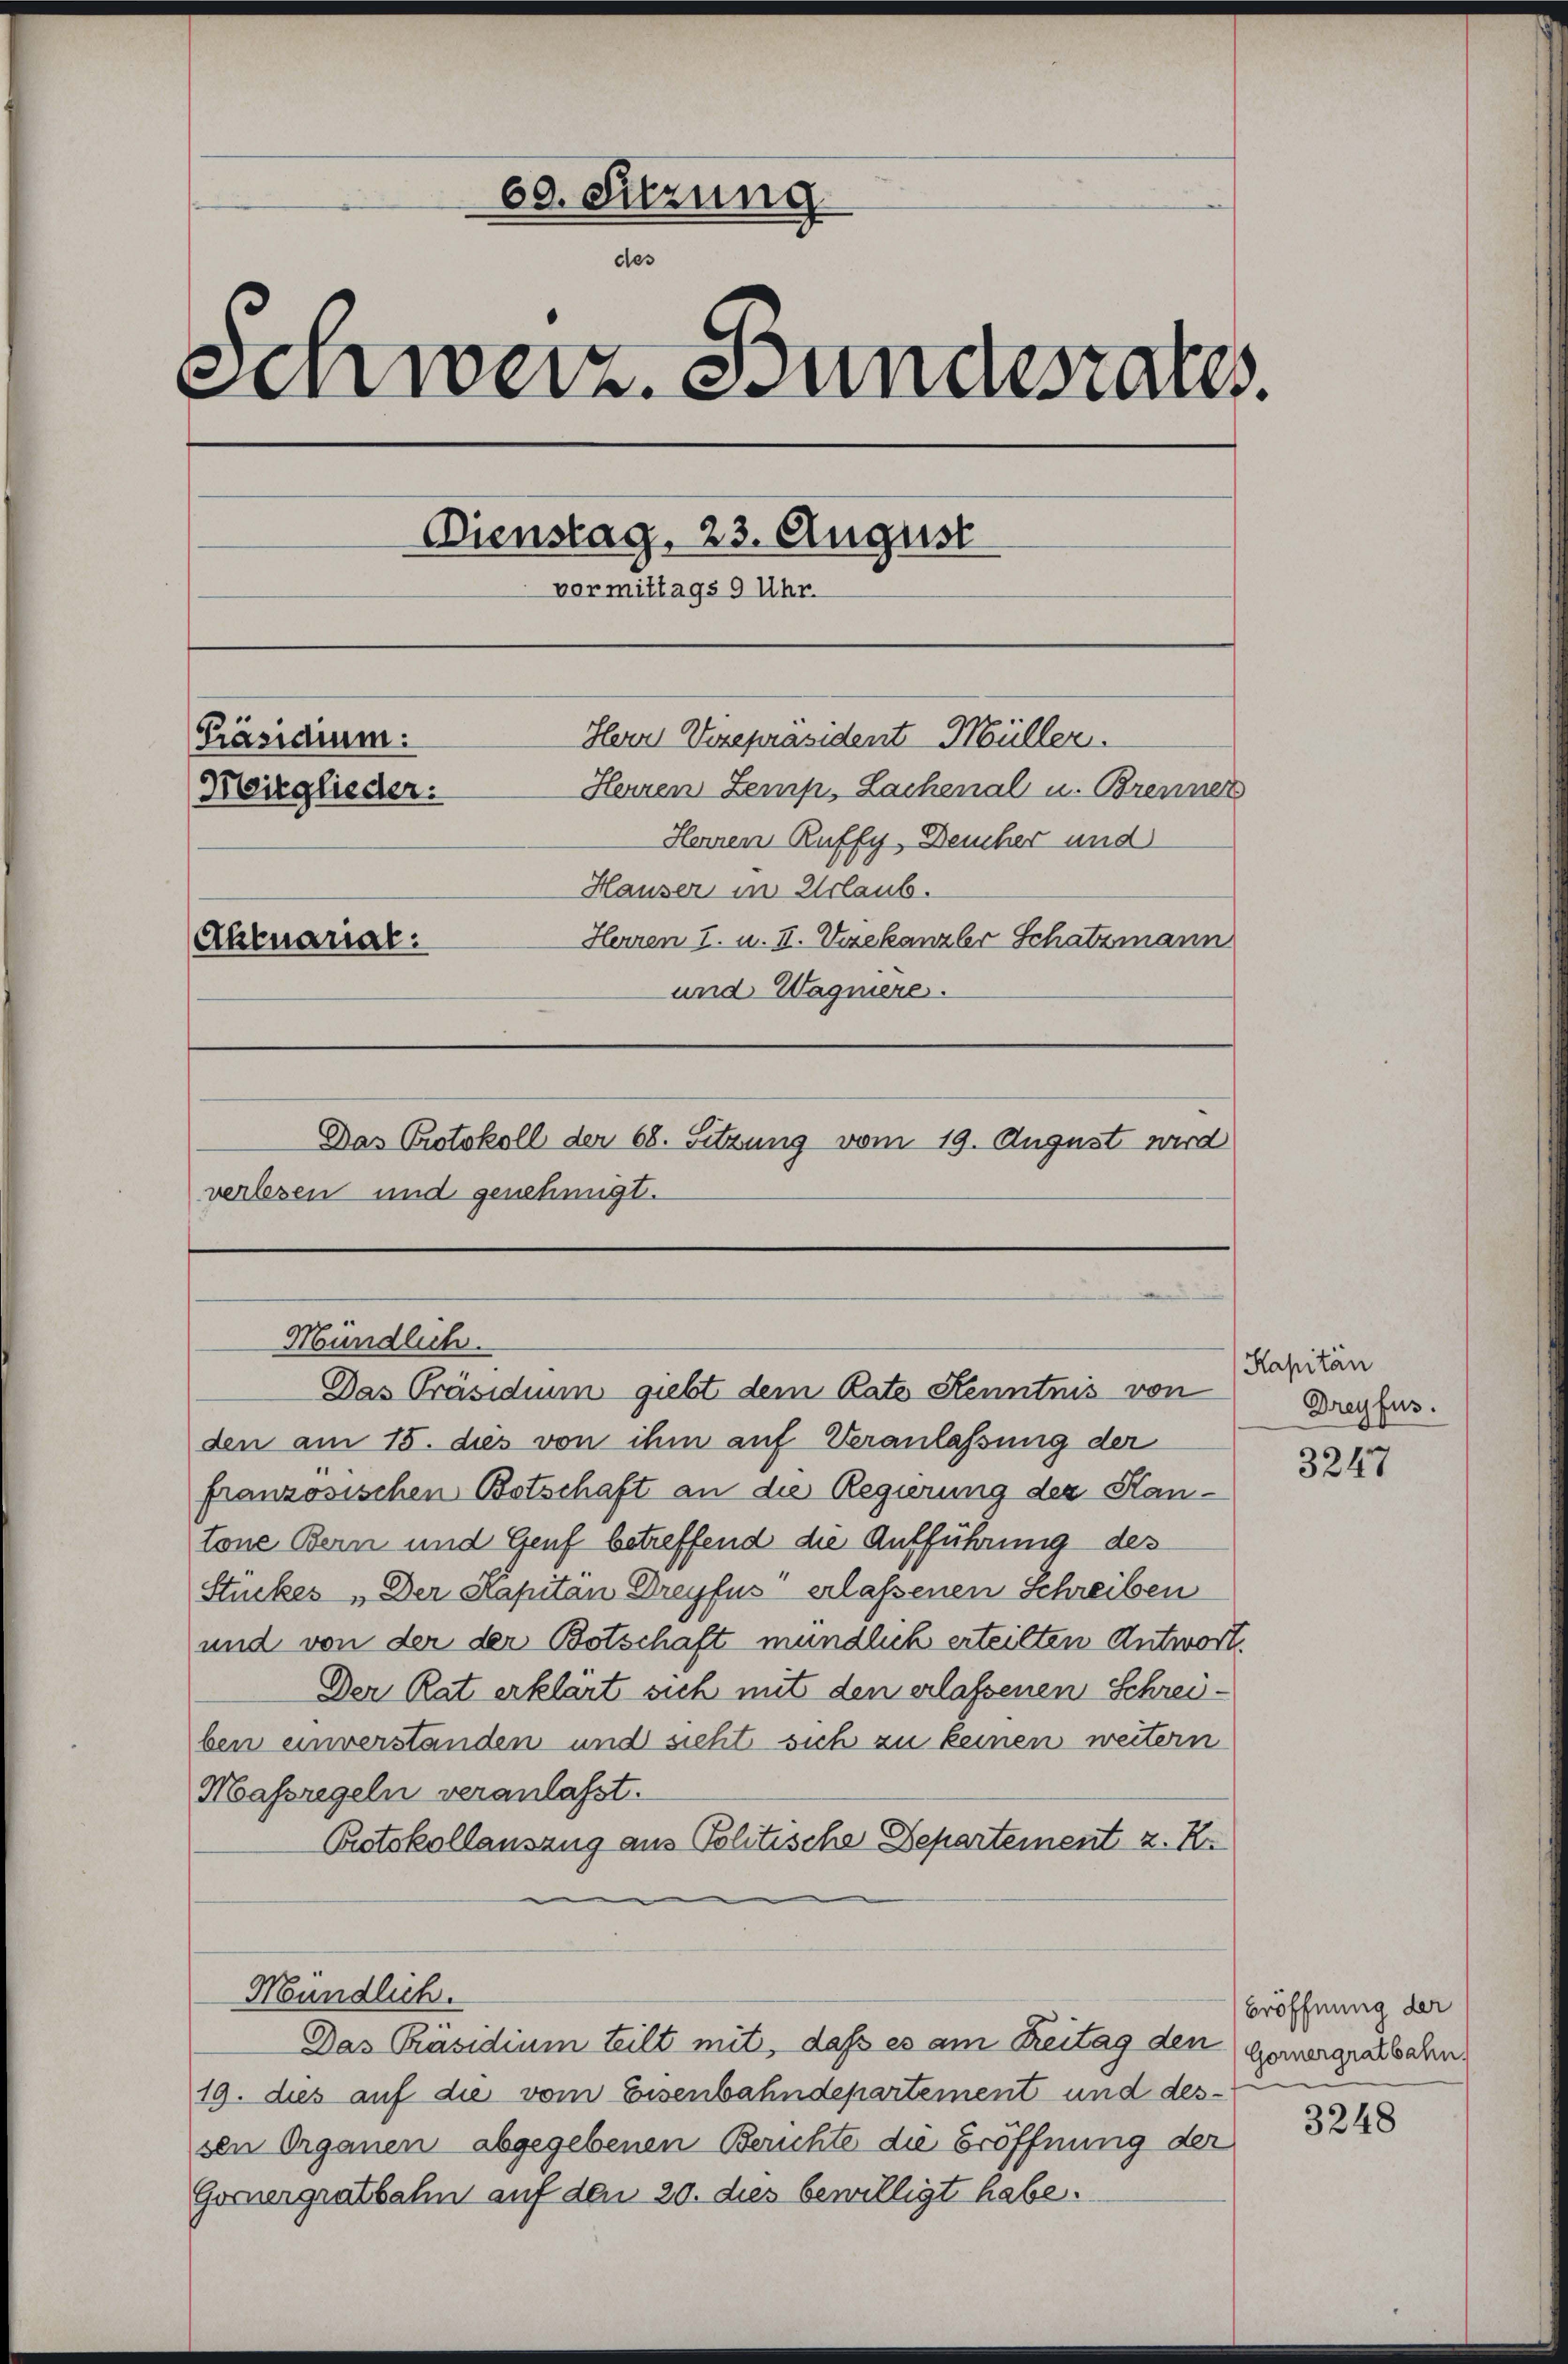
60. Sitzung.
des
Schweiz. Bundesrates
Dienstag, 23. August
vormittags 9 Uhr.
Herr Vizepräsident Müller.
[Präsidium:
Herren Zemp, Lachenal u. Brenner
Meitglieder.
Herren Ruffy, Deucher und
Hauser in Urlaub.
Herren I. u. II. Vizekanzler Schatzmann
Aktuarial.
und Wagniere.
Das Protokoll der 68. Sitzung vom 19. August wird
verlesen und genehmigt.

Mündlich.
Das Präsidium giebt dem Rate Kenntnis von

den am 15. dies von ihm auf Veranlaßung der
französischen Botschaft an die Regierung der Hantone Bern und Genf betreffend die Aufführung des
Stückes „Der Kapitän Dreyfus erlassenen Schreiben
und von der der Botschaft mündlich erteilten Antwort.
Der Rat erklärt sich mit den erlassenen Schreiben einverstanden und sicht sich zu keinen weitern
Massregeln veranlasst.
Protokollauszug aus Politische Departement z. K
Mündlich.
Das Präsidium teilt mit, daß es am Reitag den Genergratbahn.
19. dies auf die vom Eisenbahndepartement und dessen Organen abgegebenen Berichte die Eröffnung der
Gomergratbahn auf den 20. dies bewilligt habe.

Kapitän
Dreyfus.

3247

Eröffnung der

3248